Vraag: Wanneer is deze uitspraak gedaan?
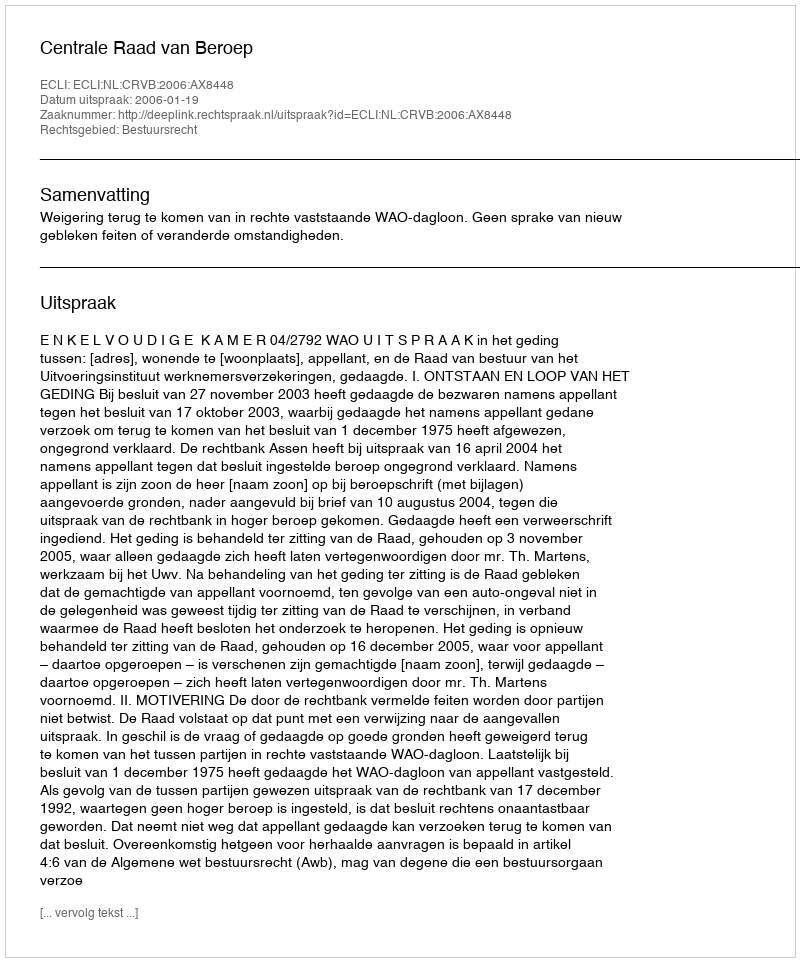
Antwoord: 2006-01-19